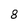
Character: 8